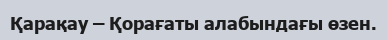
Қарақау – Қорағаты алабындағы өзен.